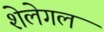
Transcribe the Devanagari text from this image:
शेलेगल